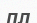
пл